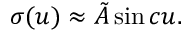
\sigma ( u ) \approx \tilde { A } \sin c u .